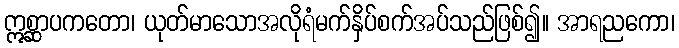
ဣစ္ဆာပကတော၊ ယုတ်မာသောအလိုရံမက်နှိပ်စက်အပ်သည်ဖြစ်၍။ အာရညကော၊